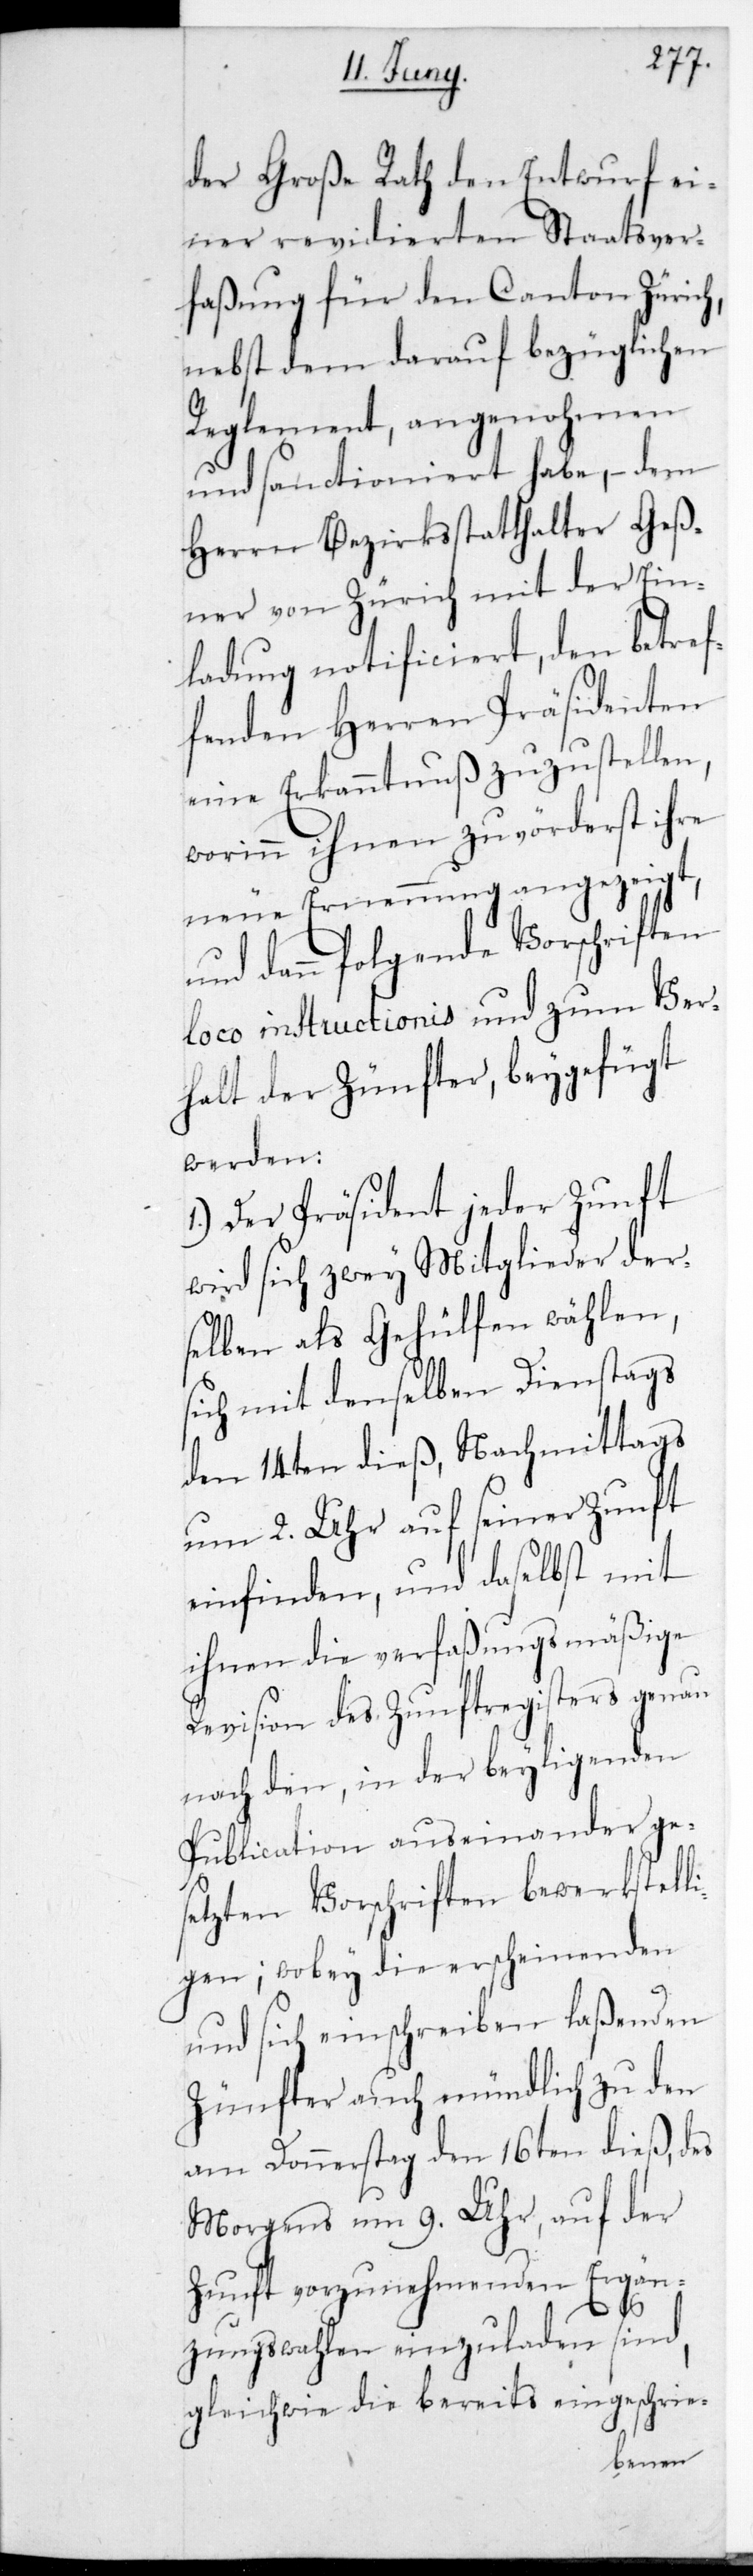
der Große Rath den Entwurf ei¬
ner revidierten Staatsver¬
faßung für den Canton Züric¬
nebst dem darauf bezüglichen
Reglement, angenohmen
und sanctioniert habe, – dem
Herrn Bezirksstatthalter Geß¬
ner von Zürich mit der Ein¬
ladung notificiert, den betre¬
fenden Herren Präsidenten
eine Erkanntnuß zuzustellen,
worinn ihnen zuvörderst ihre
neue Ernennung angezeigt,
und dann folgende Vorschriften
loco instructioniß und zum Ver¬
halt der Zünfter, beygefügt
werden:
1.) Der Präsident jeder Zunft
wird sich zwey Mitglieder der¬
selben als Gehülfen wählen,
sich mit denselben Dienstags
den 14ten dieß, Nachmittags
um 2. Uhr auf seiner Zunft
einfinden, und daselbst mit
ihnen die verfaßungsmäßige
Revision des Zunftregisters genau
nach den, in der beyligenden
Publication auseinander ge¬
sezten Vorschriften bewerkstelli¬
gen; wobey die erscheinenden
und sich einschreiben laßenden
Zünfter auch mündlich zu den
am Donnerstag den 16ten dieß, des
Morgens um 9. Uhr, auf der
Zunft vorzunehmenden Ergän¬
f¬
zungswahlen einzuladen sind,
gleichwie die bereits eingeschrie-